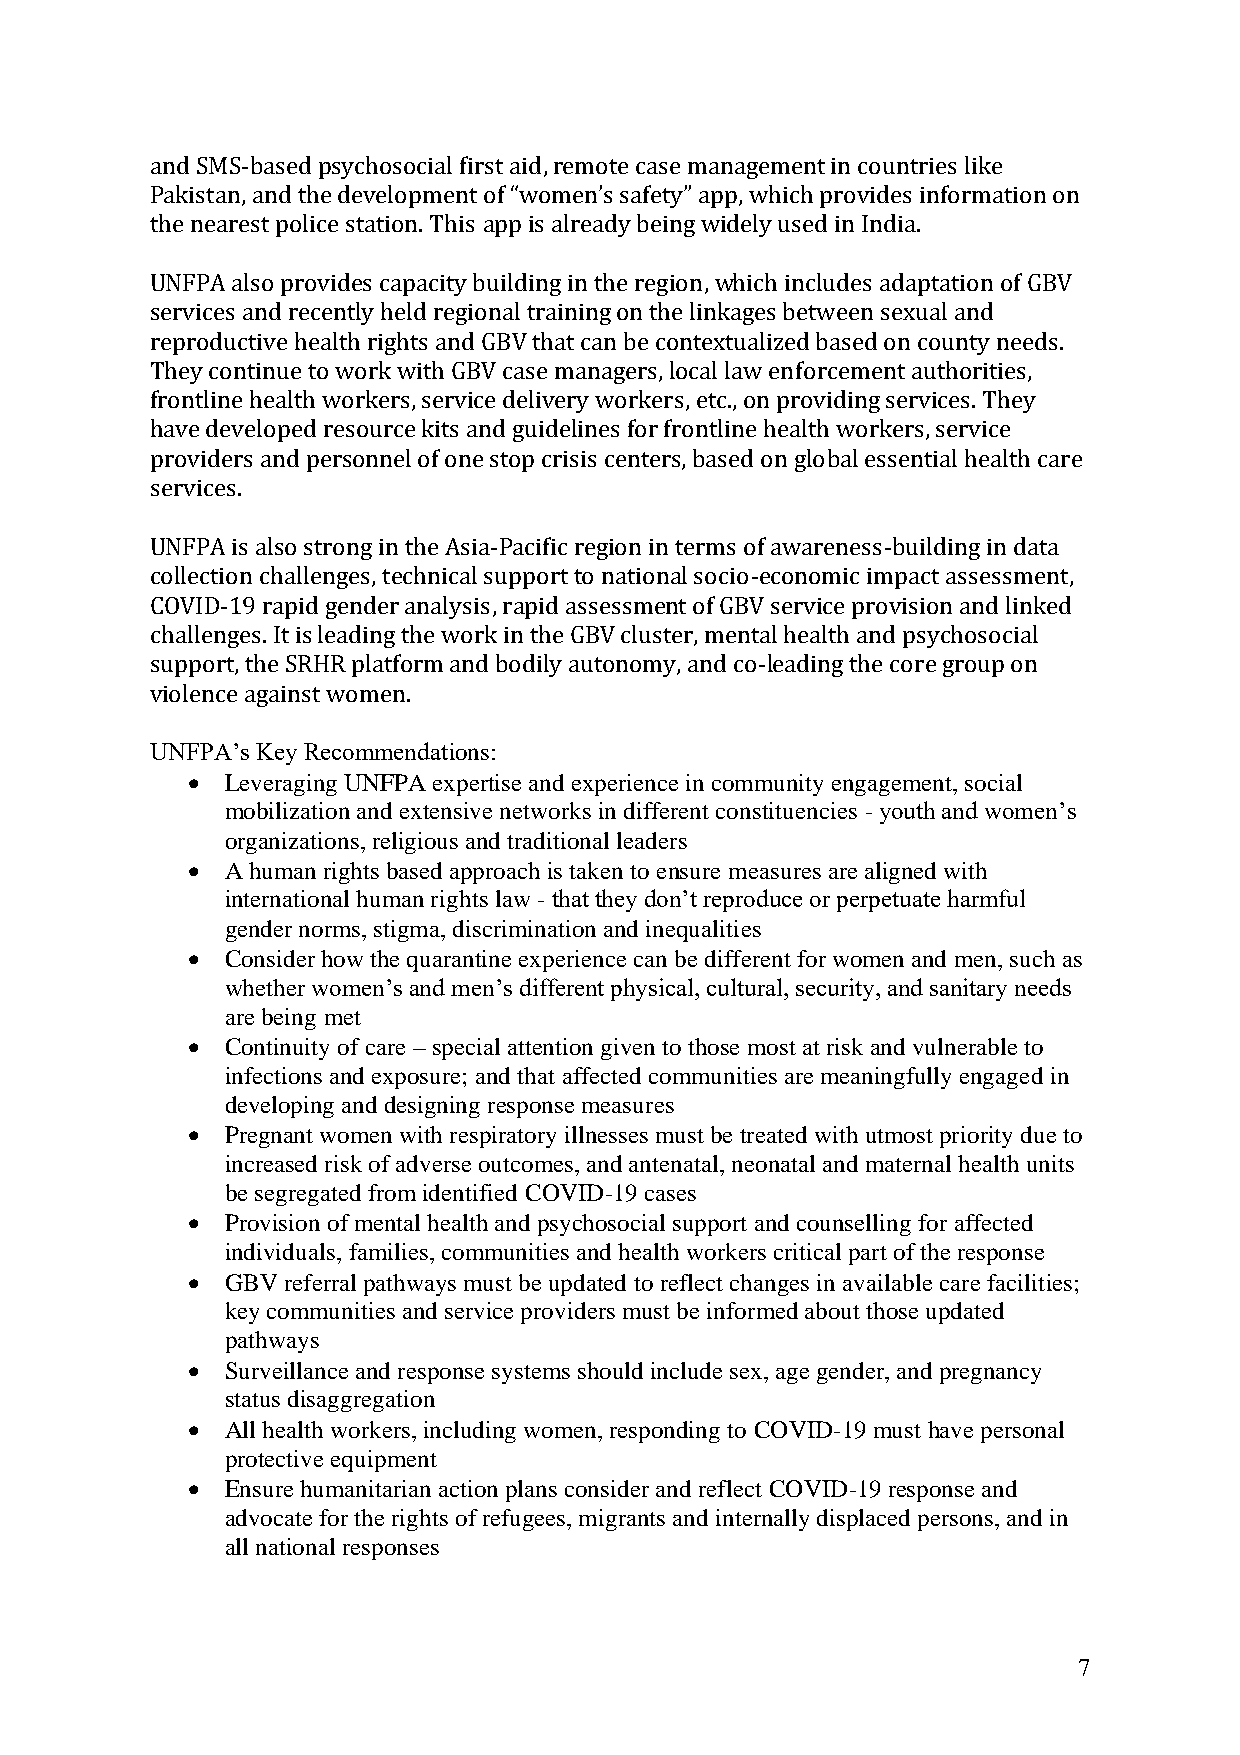
and SMS-based psychosocial first aid, remote case management in countries like
 Pakistan, and the development of “women’s safety” app, which provides information on
 the nearest police station. This app is already being widely used in India.
 UNFPA also provides capacity building in the region, which includes adaptation of GBV
 services and recently held regional training on the linkages between sexual and
 reproductive health rights and GBV that can be contextualized based on county needs.
 They continue to work with GBV case managers, local law enforcement authorities,
 frontline health workers, service delivery workers, etc., on providing services. They
 have developed resource kits and guidelines for frontline health workers, service
 providers and personnel of one stop crisis centers, based on global essential health care
 services.
 UNFPA is also strong in the Asia-Pacific region in terms of awareness-building in data
 collection challenges, technical support to national socio-economic impact assessment,
 COVID-19 rapid gender analysis, rapid assessment of GBV service provision and linked
 challenges. It is leading the work in the GBV cluster, mental health and psychosocial
 support, the SRHR platform and bodily autonomy, and co-leading the core group on
 violence against women.
 UNFPA’s Key Recommendations:
 •  Leveraging UNFPA expertise and experience in community engagement, social
 mobilization and extensive networks in different constituencies - youth and women’s
 organizations, religious and traditional leaders
 •  A human rights based approach is taken to ensure measures are aligned with
 international human rights law - that they don’t reproduce or perpetuate harmful
 gender norms, stigma, discrimination and inequalities
 •  Consider how the quarantine experience can be different for women and men, such as
 whether women’s and men’s different physical, cultural, security, and sanitary needs
 are being met
 •  Continuity of care – special attention given to those most at risk and vulnerable to
 infections and exposure; and that affected communities are meaningfully engaged in
 developing and designing response measures
 •  Pregnant women with respiratory illnesses must be treated with utmost priority due to
 increased risk of adverse outcomes, and antenatal, neonatal and maternal health units
 be segregated from identified COVID-19 cases
 •  Provision of mental health and psychosocial support and counselling for affected
 individuals, families, communities and health workers critical part of the response
 •  GBV referral pathways must be updated to reflect changes in available care facilities;
 key communities and service providers must be informed about those updated
 pathways
 •  Surveillance and response systems should include sex, age gender, and pregnancy
 status disaggregation
 •  All health workers, including women, responding to COVID-19 must have personal
 protective equipment
 •  Ensure humanitarian action plans consider and reflect COVID-19 response and
 advocate for the rights of refugees, migrants and internally displaced persons, and in
 all national responses
 7